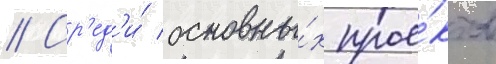
// Ср'ед'и́ основны́х прое́ктов